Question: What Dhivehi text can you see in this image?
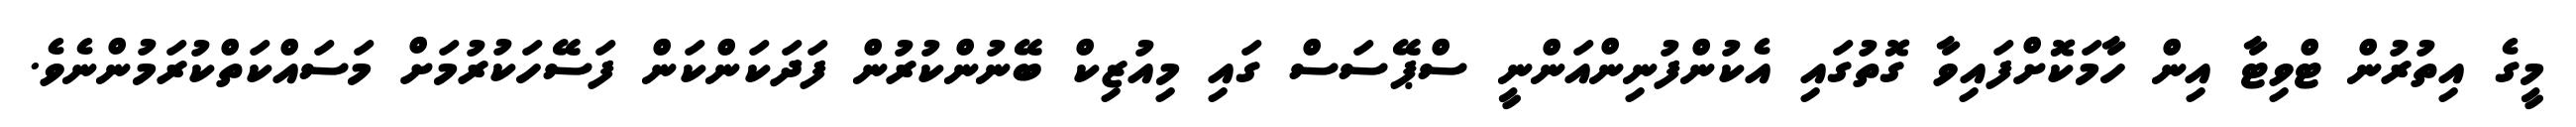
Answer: މީގެ އިތުރުން ޓްވިޓާ އިން ހާމަކޮށްފައިވާ ގޮތުގައި އެކުންފުނިންއަންނީ ސްޕޭސަސް ގައި މިއުޒިކް ބޭނުންކުރުން ފަދަކަންކަން ފަސޭހަކުރުމަށް މަސައްކަތްކުރަމުންނެވެ.